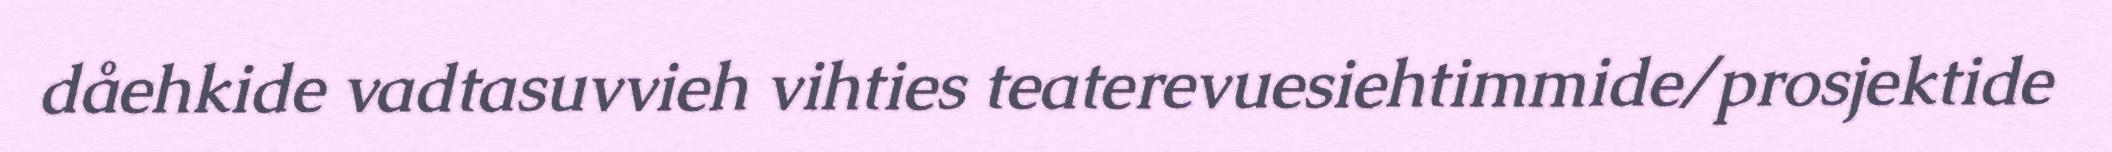
dåehkide vadtasuvvieh vihties teaterevuesiehtimmide/prosjektide